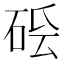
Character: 𥒛